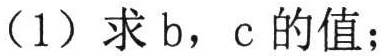
（1）求\(b\)，\(c\)的值；